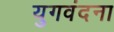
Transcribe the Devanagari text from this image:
युगवंदना